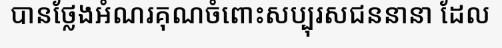
បានថ្លែងអំណរគុណចំពោះសប្បុរសជននានា ដែល